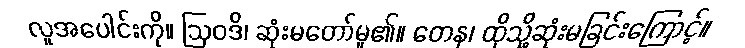
လူအပေါင်းကို။ ဩဝဒိ၊ ဆုံးမတော်မူ၏။ တေန၊ ထိုသို့ဆုံးမခြင်းကြောင့်။